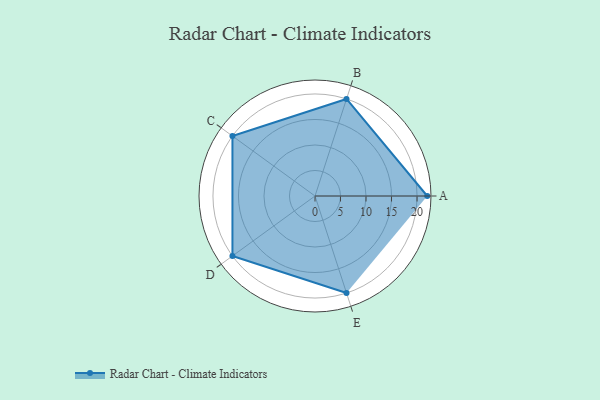
{"axis": {"x": "Skill", "y": "Score"}, "legend": ["Profile"], "data": [{"x": "A", "y": 22.0, "type": "Profile"}, {"x": "B", "y": 20.0, "type": "Profile"}, {"x": "C", "y": 20, "type": "Profile"}, {"x": "D", "y": 20, "type": "Profile"}, {"x": "E", "y": 20, "type": "Profile"}]}